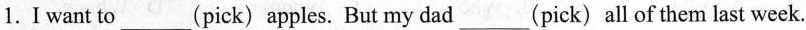
1.I want to___(pick)apples. But my dad___(pick) all of them last week.